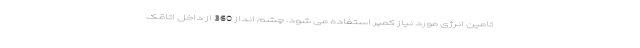
تامین انرژی مورد نیاز کمپر استفاده می شود. چشم انداز 360 از داخل اتاقک